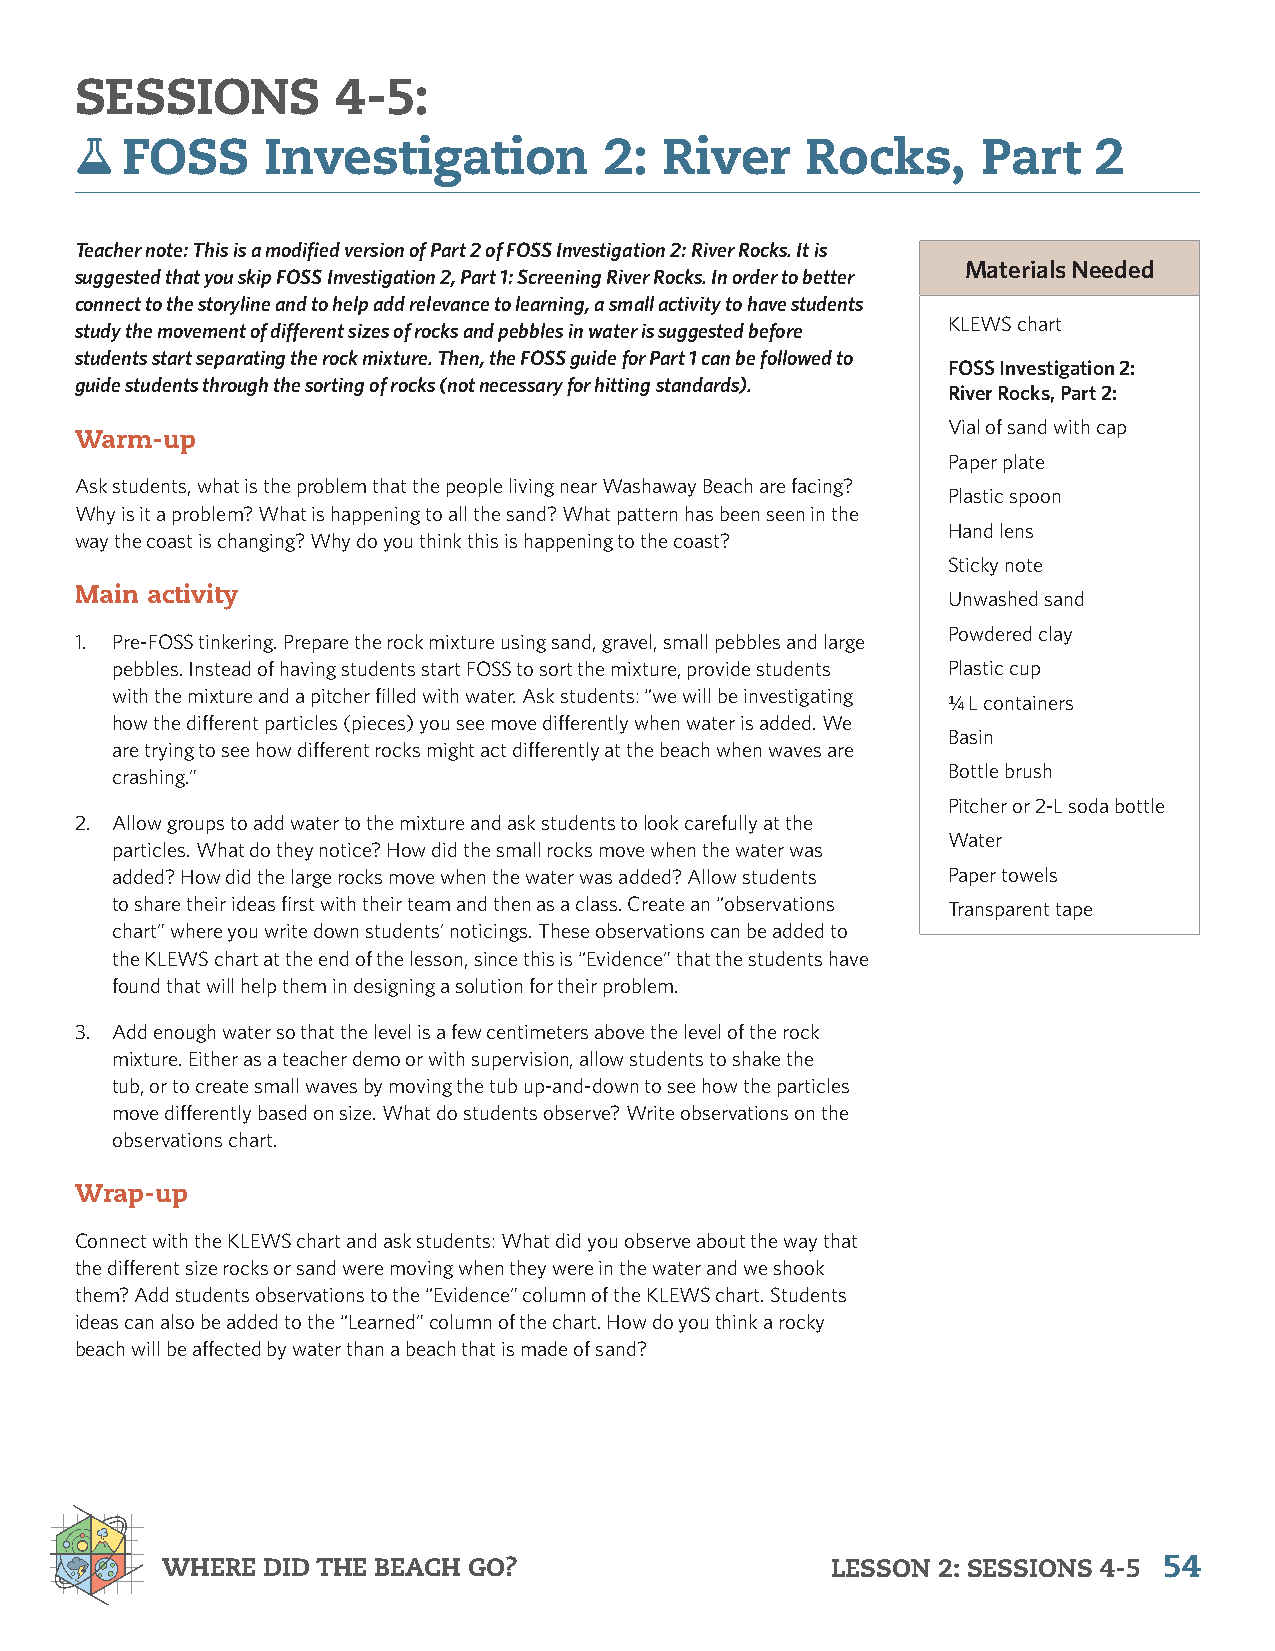
SESSIONS         4-5:
   FOSS      Investigation         2:  River    Rocks,      Part    2
 Teacher note: This is a modified version of Part 2 of FOSS Investigation 2: River Rocks. It is
 Materials Needed
 suggested that you skip FOSS Investigation 2, Part 1: Screening River Rocks. In order to better
 connect to the storyline and to help add relevance to learning, a small activity to have students
 KLEWS chart
 study the movement of different sizes of rocks and pebbles in water is suggested before
 students start separating the rock mixture. Then, the FOSS guide for Part 1 can be followed to
 FOSS Investigation 2:
 guide students through the sorting of rocks (not necessary for hitting standards).
 River Rocks, Part 2:
 Vial of sand with cap
 Warm-up
 Paper plate
 Ask students, what is the problem that the people living near Washaway Beach are facing?
 Plastic spoon
 Why is it a problem? What is happening to all the sand? What pattern has been seen in the
 Hand lens
 way the coast is changing? Why do you think this is happening to the coast?
 Sticky note
 Main activity
 Unwashed sand
 Powdered clay
 1. Pre-FOSS tinkering. Prepare the rock mixture using sand, gravel, small pebbles and large
 pebbles. Instead of having students start FOSS to sort the mixture, provide students Plastic cup
 with the mixture and a pitcher filled with water. Ask students: “we will be investigating
 ¼ L containers
 how the different particles (pieces) you see move differently when water is added. We
 Basin
 are trying to see how different rocks might act differently at the beach when waves are
 crashing.”                                              Bottle brush
 Pitcher or 2-L soda bottle
 2. Allow groups to add water to the mixture and ask students to look carefully at the
 Water
 particles. What do they notice? How did the small rocks move when the water was
 added? How did the large rocks move when the water was added? Allow students Paper towels
 to share their ideas first with their team and then as a class. Create an “observations Transparent tape
 chart” where you write down students’ noticings. These observations can be added to
 the KLEWS chart at the end of the lesson, since this is “Evidence” that the students have
 found that will help them in designing a solution for their problem.
 3. Add enough water so that the level is a few centimeters above the level of the rock
 mixture. Either as a teacher demo or with supervision, allow students to shake the
 tub, or to create small waves by moving the tub up-and-down to see how the particles
 move differently based on size. What do students observe? Write observations on the
 observations chart.
 Wrap-up
 Connect with the KLEWS chart and ask students: What did you observe about the way that
 the different size rocks or sand were moving when they were in the water and we shook
 them? Add students observations to the “Evidence” column of the KLEWS chart. Students
 ideas can also be added to the “Learned” column of the chart. How do you think a rocky
 beach will be affected by water than a beach that is made of sand?
 WHERE DID THE BEACH GO?                     LESSON 2: SESSIONS 4-5 54